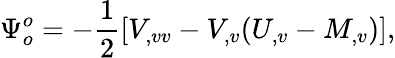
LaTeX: \Psi_{o}^{o}=-{\frac{1}{2}}[V_{,vv}-V_{,v}(U_{,v}-M_{,v})],